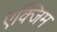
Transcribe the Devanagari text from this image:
एक्जिम